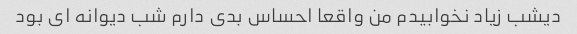
دیشب زیاد نخوابیدم من واقعا احساس بدی دارم شب دیوانه ای بود